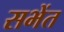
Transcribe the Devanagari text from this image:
सभेंत